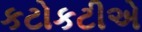
કટોકટીએ